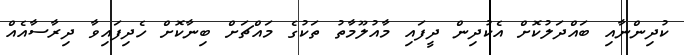
ކުދިންނާއި ބައްދަލުކޮށް އެކުދިން ދީފައި މާއުލޫމާތު ތަކުގެ މައްޗަށް ބިނާކޮށް ހެދިފައިވާ ދިރާސާއެއް